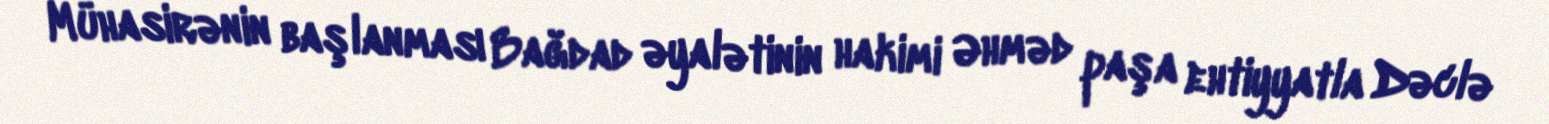
Mühasirənin başlanması Bağdad əyalətinin hakimi Əhməd paşa ehtiyyatla Dəclə